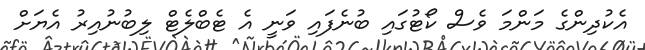
އެކުދިންގެ މަންމަ ވެސް ކޯޓުގައި ބުނެފައި ވަނީ އެ ޓެބްލެޓް ލިބުނުއިރު އެޔަށް